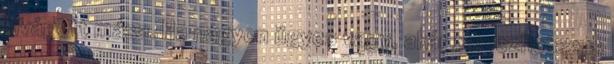
kivágott mása. Ha nagyon ügyes vagy, akár tervezhetsz is